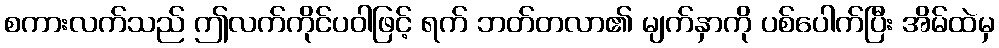
စကားလက်သည် ဤလက်ကိုင်ပဝါဖြင့် ရက် ဘတ်တလာ၏ မျက်နှာကို ပစ်ပေါက်ပြီး အိမ်ထဲမှ